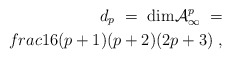
\begin{align*}d_p \ =\ {\rm dim} {\cal A}^{p}_{\infty} \ =\\frac{1}{6} (p+1)(p+2)(2p+3)\ ,\end{align*}